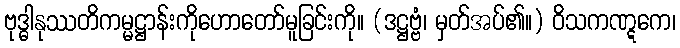
ဗုဒ္ဓါနုဿတိကမ္မဋ္ဌာန်းကိုဟောတော်မူခြင်းကို။ (ဒဋ္ဌဗ္ဗံ၊ မှတ်အပ်၏။) ဝိသကဏ္ဋကေ၊